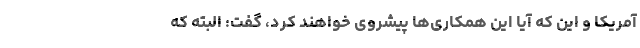
آمریکا و این که آیا این همکاری‌ها پیشروی خواهند کرد، گفت: البته که